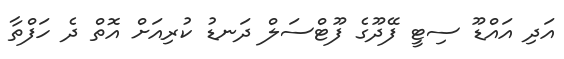
އަދި އައްޑޫ ސިޓީ ފޭދޫގެ ފޫޓްސަލް ދަނޑު ކުރިއަށް އޮތް ދެ ހަފްތާ